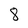
Character: 8